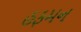
હફમન